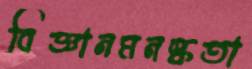
বিজ্ঞানমনস্কতা